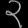
Digit: ၃